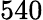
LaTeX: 540